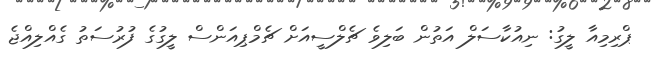
ޕްރިމިއާ ލީގު: ނިއުކާސަލް އަތުން ބަލިވެ ޗެލްސީއަށް ޗެމްޕިއަންސް ލީގުގެ ފުރުސަތު ގެއްލިއްޖެ